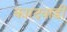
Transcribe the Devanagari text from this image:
कारंदवाडी